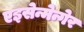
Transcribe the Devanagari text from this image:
एइसेन्मेन्गेर